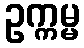
ဥက္ကမ္မ